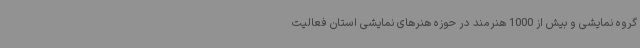
گروه نمایشی و بیش از 1000 هنرمند در حوزه هنرهای نمایشی استان فعالیت